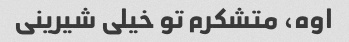
اوه، متشکرم تو خیلی شیرینی